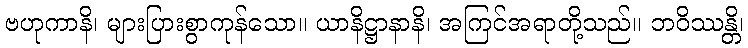
ဗဟုကာနိ၊ များပြားစွာကုန်သော။ ယာနိဋ္ဌာနာနိ၊ အကြင်အရာတို့သည်။ ဘဝိဿန္တိ၊